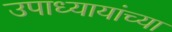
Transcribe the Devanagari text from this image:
उपाध्यायांच्या